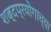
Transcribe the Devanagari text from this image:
शब्दप्रयोगाच्या